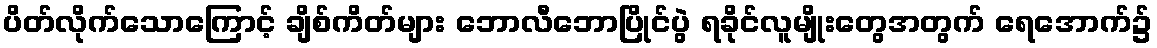
ပိတ်လိုက်သောကြောင့် ချိစ်ကိတ်များ ဘောလီဘောပြိုင်ပွဲ ရခိုင်လူမျိုးတွေအတွက် ရေအောက်၌